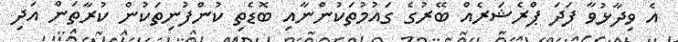
އެ ވިދާޅުވާ ފަދަ ޕްރެޝަރެއް ބޭރުގެ ގައުމުތަކުންނާއި ބޮޑެތި ކުންފުނިތަކުން ކުރާތަން އަދި